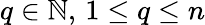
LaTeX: q\in\mathbb{N},\, 1\leq q\leq n